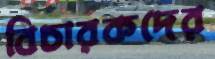
বিচারকদের